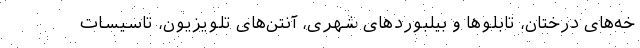
خه‌های درختان، تابلوها و بیلبوردهای شهری، آنتن‌های تلویزیون، تاسیسات